Senior Leaving Certificate Examination (including Day School Certificate (Higher) General paper), 1950
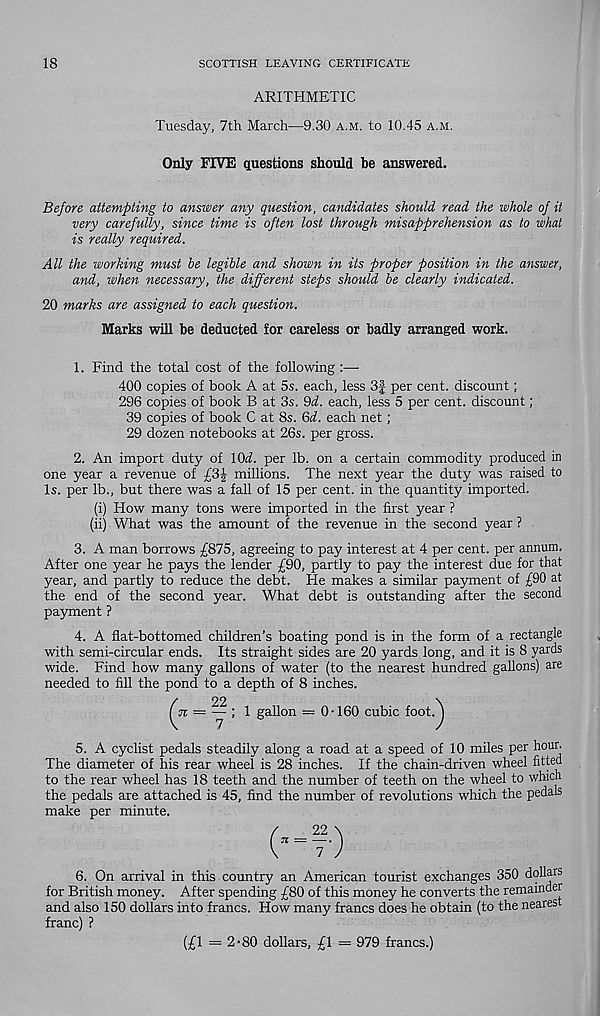
18
SCOTTISH LEAVING CERTIFICATE
ARITHMETIC
Tuesday, 7th March—9.30 A.M. to 10.45 A.M.
Only FIVE questions should be answered.
Before attempting to answer any question, candidates should read the whole of it
very carefully, since time is often lost through misapprehension as to what
is really required.
All the working must he legible and shown in its proper position in the answer,
and, when necessary, the different steps should be clearly indicated.
20 marks are assigned to each question.
Marks will be deducted for careless or badly arranged work.
1. Find the total cost of the following :—
400 copies of book A at 5s. each, less 3| per cent, discount;
296 copies of book B at 3s. 9d. each, less 5 per cent, discount;
39 copies of book C at 8s. Gd. each net;
29 dozen notebooks at 26s. per gross.
2. An import duty of 10^. per lb. on a certain commodity produced in
one year a revenue of
millions. The next year the duty was raised to
Is. per lb., but there was a fall of 15 per cent, in the quantity imported.
(i) How many tons were imported in the first year ?
(ii) What was the amount of the revenue in the second year ?
3. A man borrows £875, agreeing to pay interest at 4 per cent, per annum.
After one year he pays the lender £90, partly to pay the interest due for that
year, and partly to reduce the debt. He makes a similar payment of £90 at
the end of the second year. What debt is outstanding after the second
payment ?
4. A flat-bottomed children’s boating pond is in the form of a rectangle
with semi-circular ends. Its straight sides are 20 yards long, and it is 8 yards
wide. Find how many gallons of water (to the nearest hundred gallons) are
needed to fill the pond to a depth of 8 inches.
(n = —1 gallon = 0-160 cubic foot.J
5. A cyclist pedals steadily along a road at a speed of 10 miles per hour.
The diameter of his rear wheel is 28 inches. If the chain-driven wheel fitted
to the rear wheel has 18 teeth and the number of teeth on the wheel to which
the pedals are attached is 45, find the number of revolutions which the pedals
make per minute.
(-=!•)
6. On arrival in this country an American tourist exchanges 350 dollars
for British money. After spending £80 of this money he converts the remainder
and also 150 dollars into francs. How many francs does he obtain (to the neares
franc) ?
(£1 = 2-80 dollars, £1 = 979 francs.)